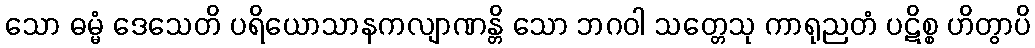
သော ဓမ္မံ ဒေသေတိ ပရိယောသာနကလျာဏန္တိ သော ဘဂဝါ သတ္တေသု ကာရုညတံ ပဋိစ္စ ဟိတွာပိ